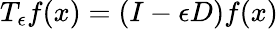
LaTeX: T_{\epsilon}f(x)=(I-\epsilon D)f(x)